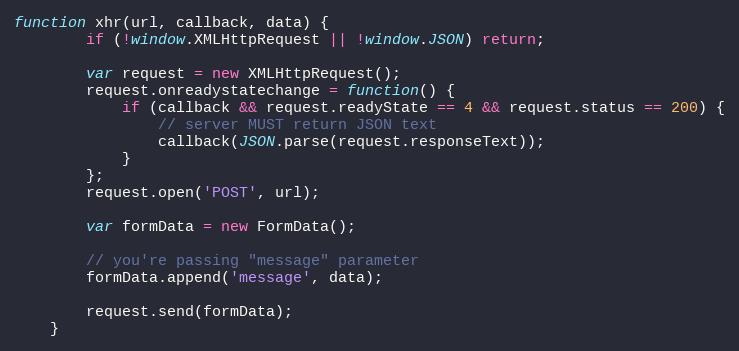
Language: JavaScript
function xhr(url, callback, data) {
        if (!window.XMLHttpRequest || !window.JSON) return;

        var request = new XMLHttpRequest();
        request.onreadystatechange = function() {
            if (callback && request.readyState == 4 && request.status == 200) {
                // server MUST return JSON text
                callback(JSON.parse(request.responseText));
            }
        };
        request.open('POST', url);

        var formData = new FormData();

        // you're passing "message" parameter
        formData.append('message', data);

        request.send(formData);
    }